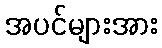
အပင်များအား